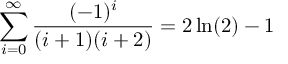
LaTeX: \sum _ { i = 0 } ^ { \infty } { \frac { ( - 1 ) ^ { i } } { ( i + 1 ) ( i + 2 ) } } = 2 \ln ( 2 ) - 1